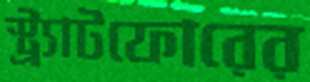
স্ট্র্যাটফোরের